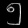
Digit: ၅